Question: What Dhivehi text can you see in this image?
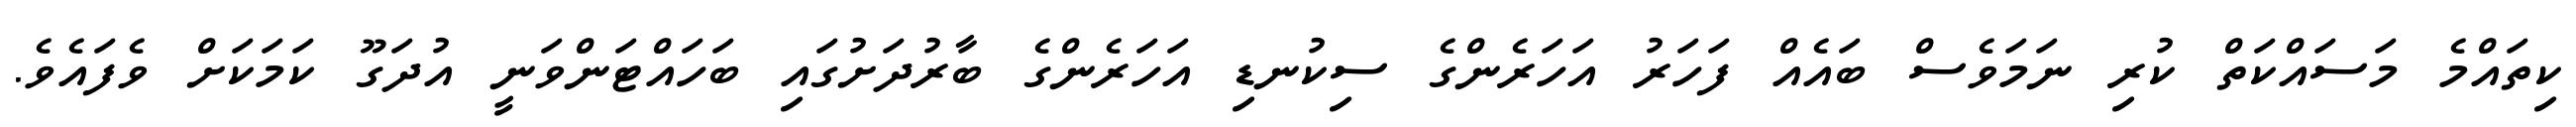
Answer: ކިތައްމެ މަސައްކަތް ކުރި ނަމަވެސް ބައެއް ފަހަރު އަހަރެންގެ ސިކުނޑި އަހަރެންގެ ބާރުދަށުގައި ބަހައްޓަންވަނީ އުދަގޫ ކަމަކަށް ވެފައެވެ.